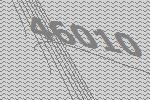
46010